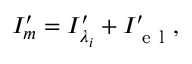
{ { I } _ { { m } } ^ { \prime } } = { { I } _ { { \lambda _ { i } } } ^ { \prime } } + { { I } _ { \mathrm { ~ e ~ l ~ } } ^ { \prime } } ,